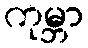
ကုမ္ဘာ